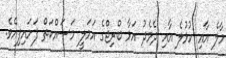
މާލެ އާއި ހުޅުލެ އާއި ދެމެދު އަޅާ ބްރިޖްގެ އަމަލީ މަސައްކަތް ފަށައިފިއެވެ.